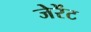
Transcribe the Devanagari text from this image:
जेरेंट